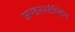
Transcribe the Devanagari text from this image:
अण्डरस्टैण्डिंग